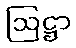
ဩဋ္ဌာ